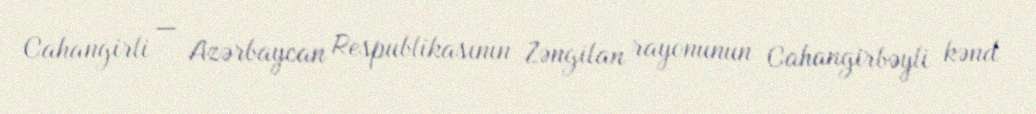
Cahangirli — Azərbaycan Respublikasının Zəngilan rayonunun Cahangirbəyli kənd